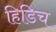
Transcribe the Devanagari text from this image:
हिडिच